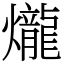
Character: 爖